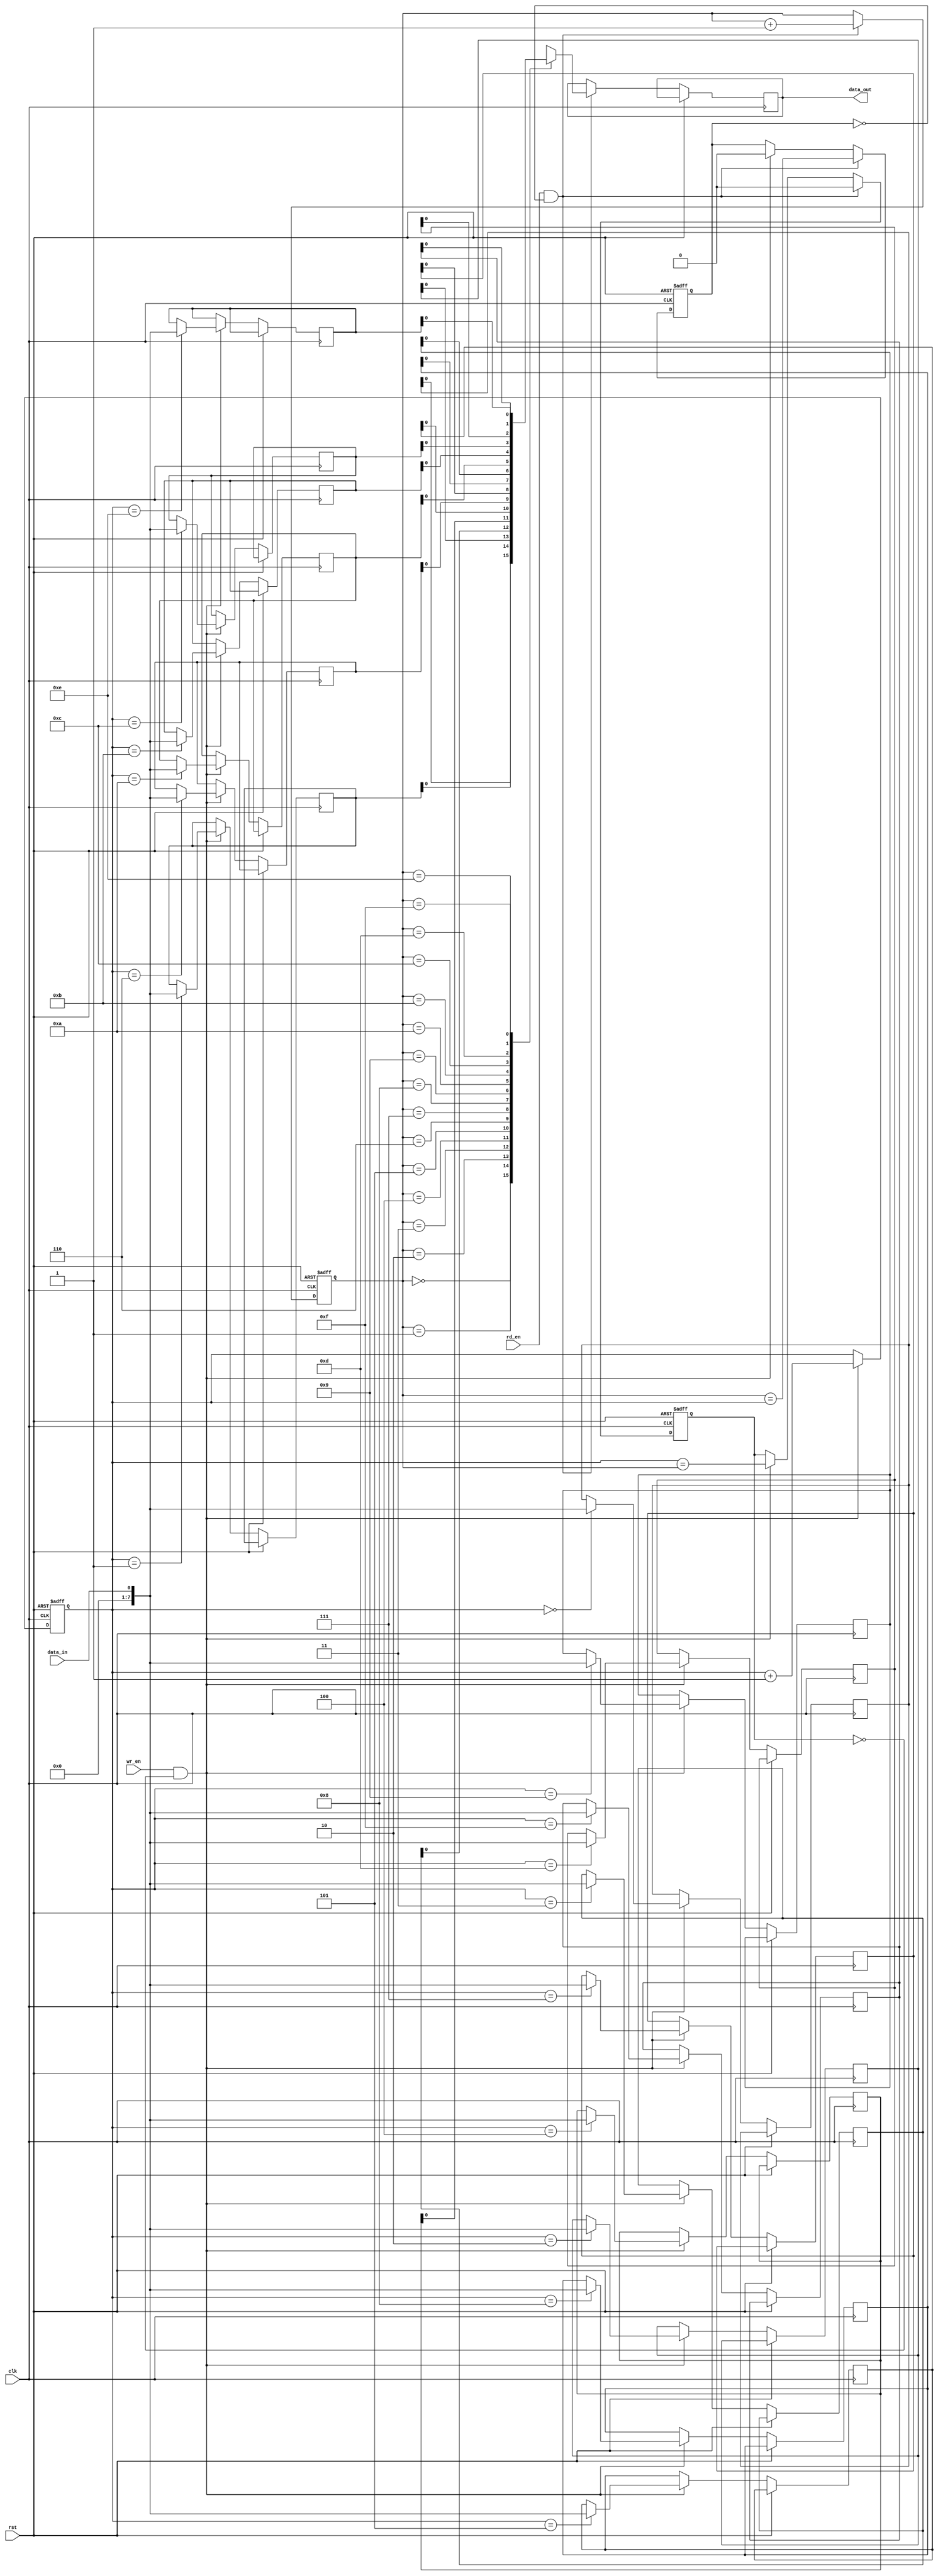
module fifo_buffer(
    input wire clk,
    input wire rst,
    input wire wr_en,
    input wire rd_en,
    input wire data_in,
    output reg data_out
);

// Parameter definitions
parameter BUFFER_DEPTH = 16;

// Internal signals
reg [7:0] fifo [0:BUFFER_DEPTH-1];
reg [3:0] wr_ptr, rd_ptr;
reg fifo_full, fifo_empty;

always @(posedge clk or posedge rst) begin
    if (rst) begin
        wr_ptr <= 0;
        rd_ptr <= 0;
        fifo_full <= 0;
        fifo_empty <= 1;
    end else begin
        if (wr_en && !fifo_full) begin
            fifo[wr_ptr] <= data_in;
            wr_ptr <= wr_ptr + 1;
            fifo_full <= (wr_ptr == rd_ptr);
            fifo_empty <= 0;
        end
        if (rd_en && !fifo_empty) begin
            data_out <= fifo[rd_ptr];
            rd_ptr <= rd_ptr + 1;
            fifo_empty <= (rd_ptr == wr_ptr);
            fifo_full <= 0;
        end
    end
end

endmodule